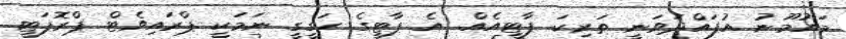
މައުމޫނު އުފައްދަވަނީ ތަރިކަ ޕާޓީއެއް. އެ ޕާޓީގެ ހަގީގީ ނަމަކީ ޕްރައިވެޓް ޕްރޮޕަޓީ